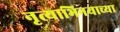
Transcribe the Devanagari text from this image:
नृत्याभिनयाच्या